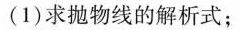
(1)求抛物线的解析式；